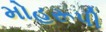
મોહરૂપી